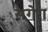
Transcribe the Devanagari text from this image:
सगेरा